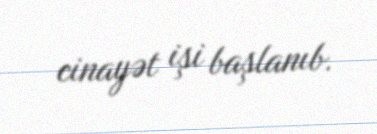
cinayət işi başlanıb.